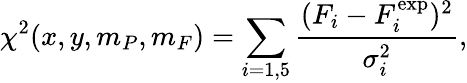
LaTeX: \chi^{2}(x,y,m_{P},m_{F})=\sum_{i=1,5}\frac{(F_{i}-F_{i}^{\mathrm{exp}})^{2}}{\sigma_{i}^{2}},